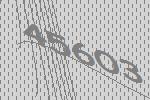
45603